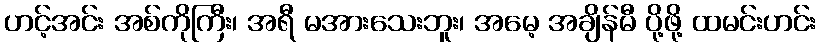
ဟင့်အင်း အစ်ကိုကြီး၊ အရီ မအားသေးဘူး၊ အမေ့ အချိန်မီ ပို့ဖို့ ထမင်းဟင်း